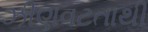
ઝીણવટતાથી